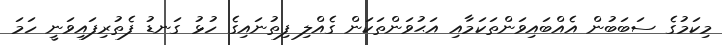
މިކަމުގެ ސަބަބުން އެއްބައިވަންތަކަމާއި އަޙުވަންތަކަން ގެއްލި ފިތުނައިގެ ހުޅު ގަނޑު ފެތުރިފައިވަނީ ހަމަ